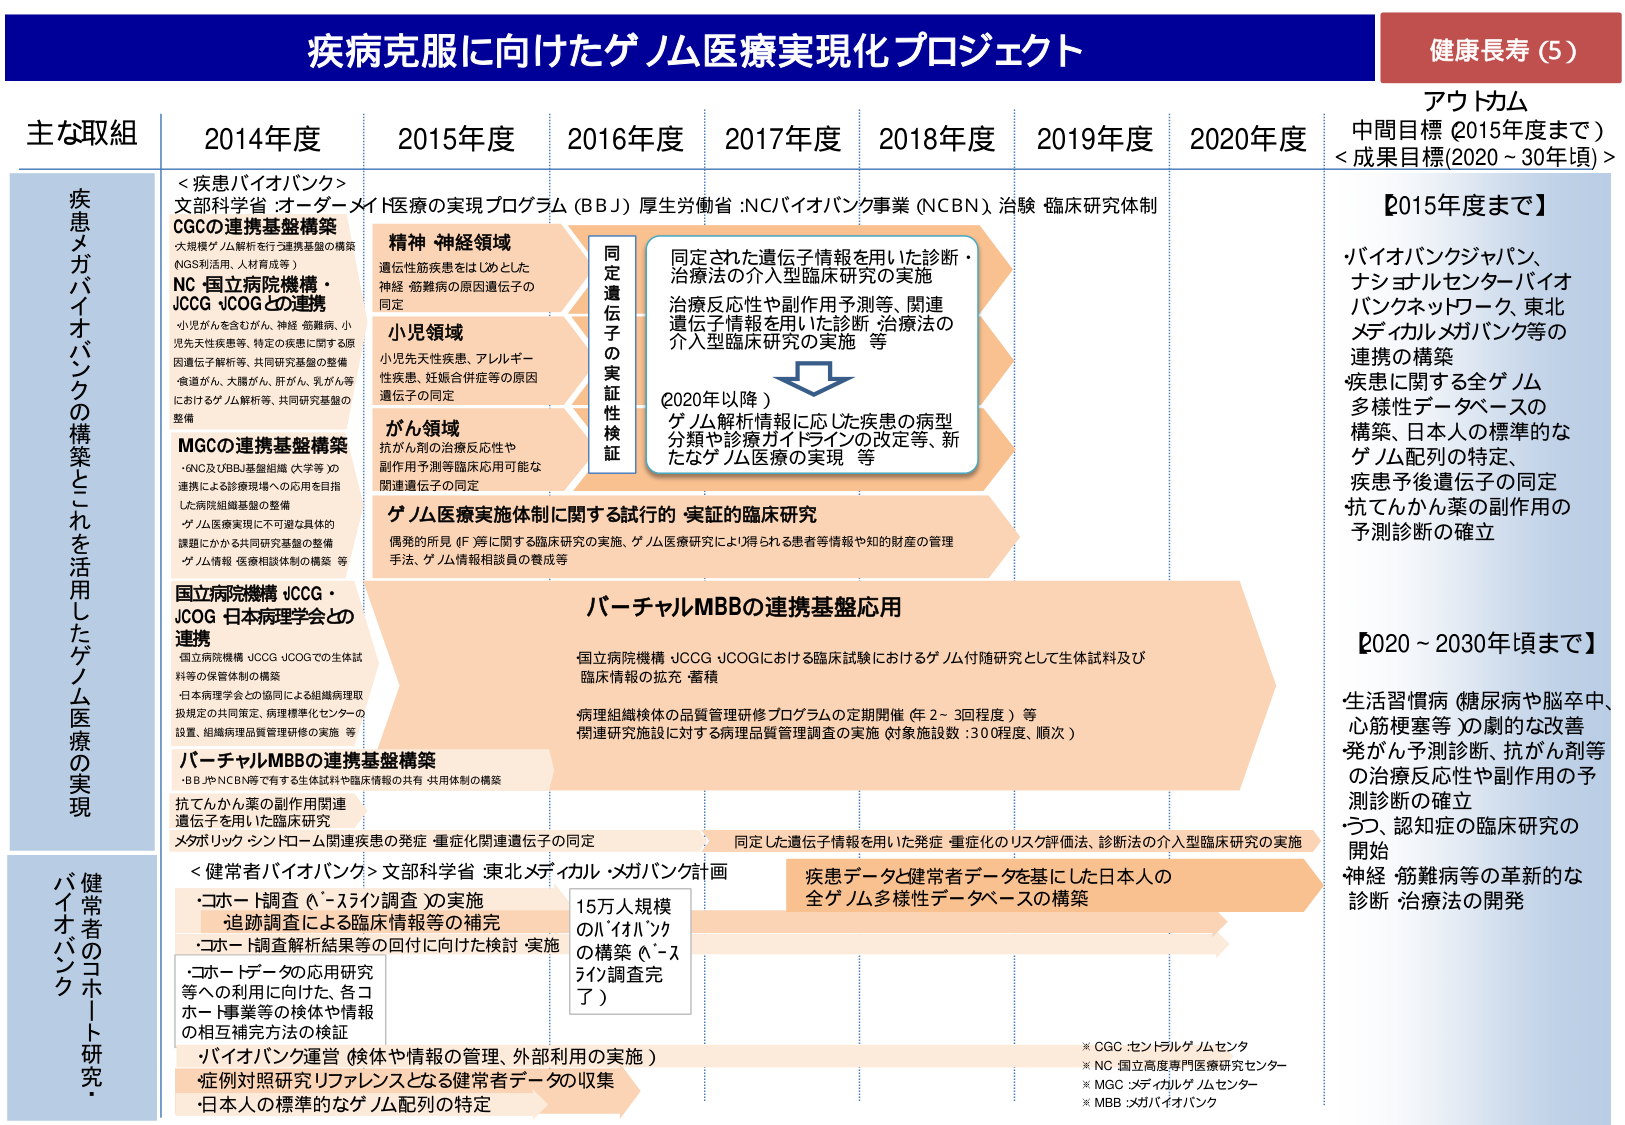
疾病克服に向けたゲノム医療実現化プロジェクト
健康長寿（5）

主な取組
2014年度
2015年度
2016年度
2017年度
2018年度
2019年度
2020年度

アウトカム
中間目標（2015年度まで）
＜成果目標（2020～30年頃）＞

【2015年度まで】
バイオバンクジャパン、
ナショナルセンターバイオ
バンクネットワーク、東北
メディカルメガバンク等の
連携の構築
疾患に関する全ゲノム
多様性データベースの
構築、日本人の標準的な
ゲノム配列の特定、
疾患予後遺伝子の同定
抗てんかん薬の副作用の
予測診断の確立

【2020～2030年頃まで】
生活習慣病（糖尿病や脳卒中、
心筋梗塞等）の劇的な改善
発がん予測診断、抗がん剤等
の治療反応性や副作用の予
測診断の確立
つ、認知症の臨床研究の
開始
神経・筋難病等の革新的な
診断・治療法の開発

疾患メガバイオバンクの構築とこれを活用したゲノム医療の実現

＜疾患バイオバンク＞
文部科学省：オーダーメイド医療の実現プログラム（BBJ）
厚生労働省：NCバイオバンク事業（NCBN）、治験・臨床研究体制

CGCの連携基盤構築
大規模ゲノム解析を行う連携基盤の構築
（NGS利用法、人材育成等）
NC 国立病院機構・JCCG・JCOGとの連携
・小児がんを含むがん、神経・筋難病、小児先天性疾患等、特定の疾患に関する原因遺伝子解析等、共同研究基盤の整備
・食道がん、大腸がん、肝がん、乳がん等におけるゲノム解析等、共同研究基盤の整備

MGCの連携基盤構築
・6NC及びBBJ基盤組織（大学等）の連携による診療現場への応用を目指した病院組織基盤の整備
・ゲノム医療実現に不可避な具体的課題にかかる共同研究基盤の整備
・ゲノム情報・医療相談体制の構築等

国立病院機構 JCCG・JCOG・日本病理学会との連携
・国立病院機構 JCCG・JCOGでの生体試料等の保管体制の構築
・日本病理学会との協同による組織病理取扱規定の共同策定、病理標準化センターの設置、組織病理品質管理研修の実施等

バーチャルMBBの連携基盤構築
・BBJやNCBN等で有する生体試料や臨床情報の共有・共用体制の構築
抗てんかん薬の副作用関連遺伝子を用いた臨床研究
メタボリックシンドローム関連疾患の発症・重症化関連遺伝子の同定

精神・神経領域
遺伝性筋疾患をはじめとした神経・筋難病の原因遺伝子の同定

小児領域
小児先天性疾患、アレルギー性疾患、妊娠合併症等の原因遺伝子の同定

がん領域
抗がん剤の治療反応性や副作用予測等臨床応用可能な関連遺伝子の同定

ゲノム医療実施体制に関する試行的・実証的臨床研究
偶発的所見（F）等に関する臨床研究の実施、ゲノム医療研究により得られる患者等情報や知的財産の管理手法、ゲノム情報相談員の養成等

同定遺伝子の実証性検証
同定された遺伝子情報を用いた診断・治療法の介入型臨床研究の実施
治療反応性や副作用予測等、関連遺伝子情報を用いた診断・治療法の介入型臨床研究の実施等

（2020年以降）
ゲノム解析情報に応じた疾患の病型分類や診療ガイドラインの改定等、新たなゲノム医療の実現等

バーチャルMBBの連携基盤応用
国立病院機構 JCCG・JCOGにおける臨床試験におけるゲノム付随研究として生体試料及び臨床情報の拡充・蓄積
病理組織検体の品質管理研修プログラムの定期開催（年2～3回程度）等
関連研究施設に対する病理品質管理調査の実施（対象施設数：300程度、順次）

同定した遺伝子情報を用いた発症・重症化のリスク評価法、診断法の介入型臨床研究の実施
疾患データと健常者データを基にした日本人の全ゲノム多様性データベースの構築

健常者のコホート研究・バイオバンク
＜健常者バイオバンク＞文部科学省 東北メディカル・メガバンク計画
・コホート調査（ベースライン調査）の実施
・追跡調査による臨床情報等の補完
・コホート調査解析結果等の回付に向けた検討・実施
・コホートデータの応用研究等への利用に向けた、各コホート事業等の検体や情報の相互補完方法の検証
・バイオバンク運営（検体や情報の管理、外部利用の実施）
・症例対照研究リファレンスとなる健常者データの収集
・日本人の標準的なゲノム配列の特定

15万人規模のバイオバンクの構築（ベースライン調査完了）

※ CGC：セントラルゲノムセンター
※ NC：国立高度専門医療研究センター
※ MGC：メディカルゲノムセンター
※ MBB：メガバイオバンク